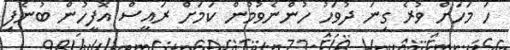
ހަ މަހަށް ވުރެ ގިނަ ދުވަހު ހުންނެވުމުން ކަމަށް ރައީސް އޮފީހުން ބުނެފި